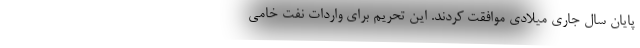
پایان سال جاری میلادی موافقت کردند. این تحریم برای واردات نفت خامی